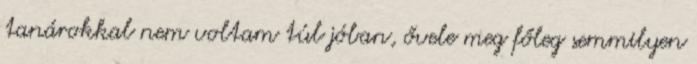
tanárokkal nem voltam túl jóban, ővele meg főleg semmilyen